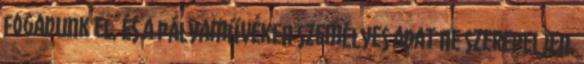
fogadunk el, és a pályaműveken személyes adat NE szerepeljen.